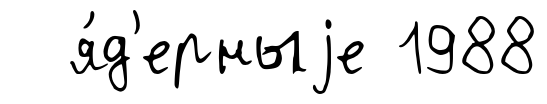
я́д'ерныjе 1988